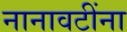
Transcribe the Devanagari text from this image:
नानावटींना